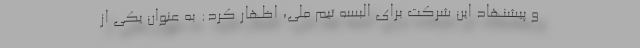
و پیشنهاد این شرکت برای البسه تیم ملی، اظهار کرد: به عنوان یکی از